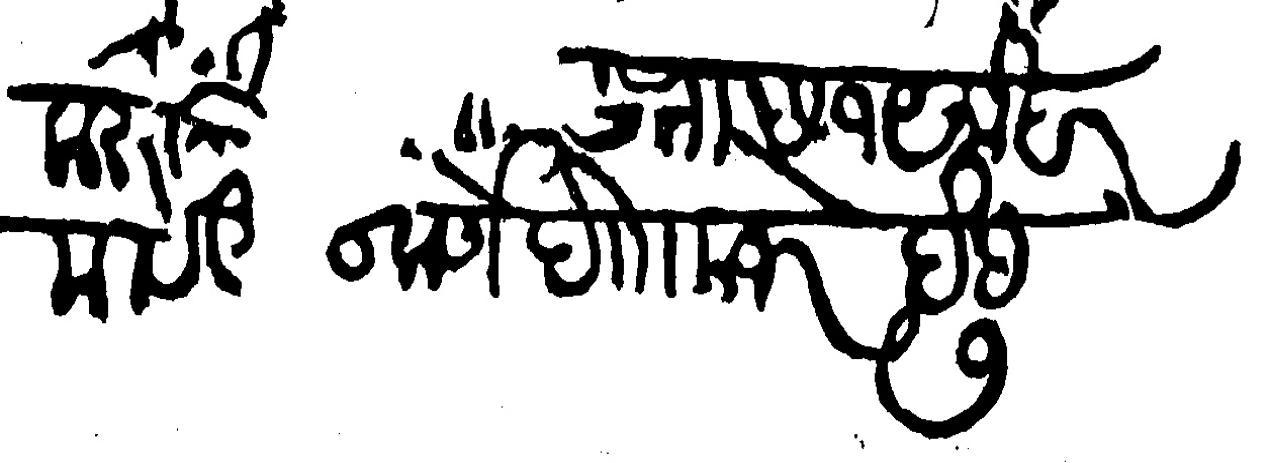
Transliteration (Devanagari): करुनू  छ १९ मोहर मीस कुलकर्णे देगा मजरे देह